Burma Government Medical School reports 1923-41
Year: 1923
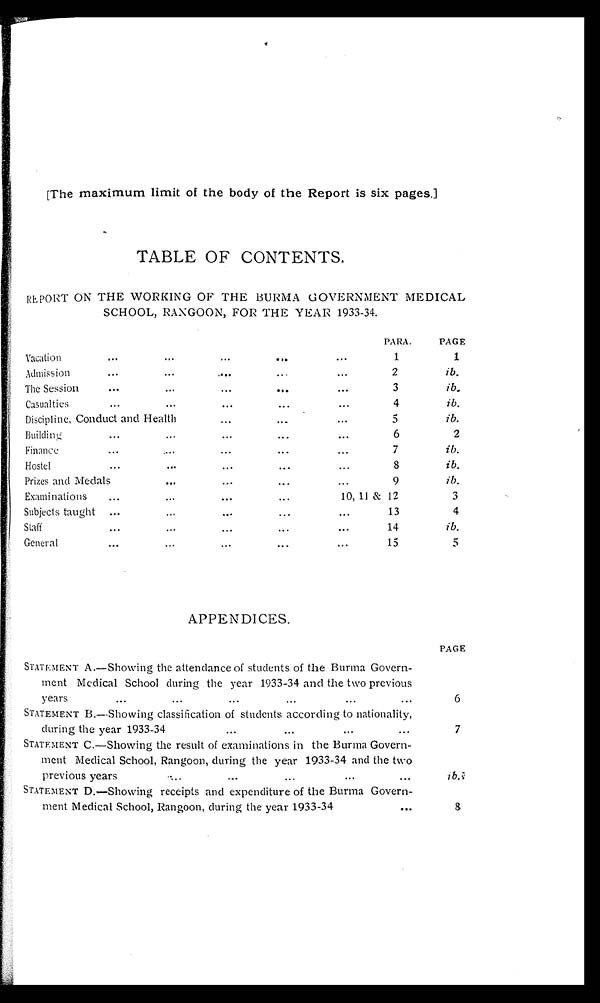
[The maximum limit of the body of the Report is six Pages.]
TABLE OF CONTENTS.
REPORT ON THE WORKING OF THE BURMA GOVERNMENT MEDICAL
SCHOOL, RANGOON, FOR THE YEAR 1933-34.
PARA.
PAGE
Vacation
... ...
...
...
...
1
1
Admission
...
...
... ...
...
2
ib.
The Session
...
...
...
...
...
3
ib.
Casualties
...
...
...
...
...
4
ib.
Discipline, Conduct and Health
...
...
...
5
ib.
Building
... ... ...
...
...
6
2
Finance
...
...
...
...
...
7
ib.
Hostel
...
...
...
...
...
8
ib.
Prizes and Medals
... ... ... ...
9
ib.
Examinations
... ...
...
...
10, 11 & 12
3
Subjects taught
...
...
...
...
...
13
4
Staff
... ... ... ...
...
14
ib.
General
...
...
...
...
...
15
5
APPENDICES.
PAGE
STATEMENT A.—Showing the attendance of students of the Burma Govern-
ment Medical School during the year 1933-34 and the two previous
years
...
...
...
...
...
...
6
STATEMENT B.—Showing classification of students according to nationality,
during the year 1933-34...
...
...
...
7
STATEMENT C.—Showing the result of examinations in the Burma Govern-
ment Medical School, Rangoon, during the year 1933-34 and the two
previous years ...
...
...
...
...
i b .
STATEMENT D.—Showing receipts and expenditure of the Burma Govern-
ment Medical School, Rangoon, during the year 1933-34
...
8